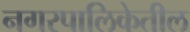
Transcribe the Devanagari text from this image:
नगरपालिकेतील